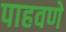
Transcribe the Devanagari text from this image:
पाहवणें